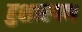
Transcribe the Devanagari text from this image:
हुशारपण